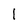
Character: 1